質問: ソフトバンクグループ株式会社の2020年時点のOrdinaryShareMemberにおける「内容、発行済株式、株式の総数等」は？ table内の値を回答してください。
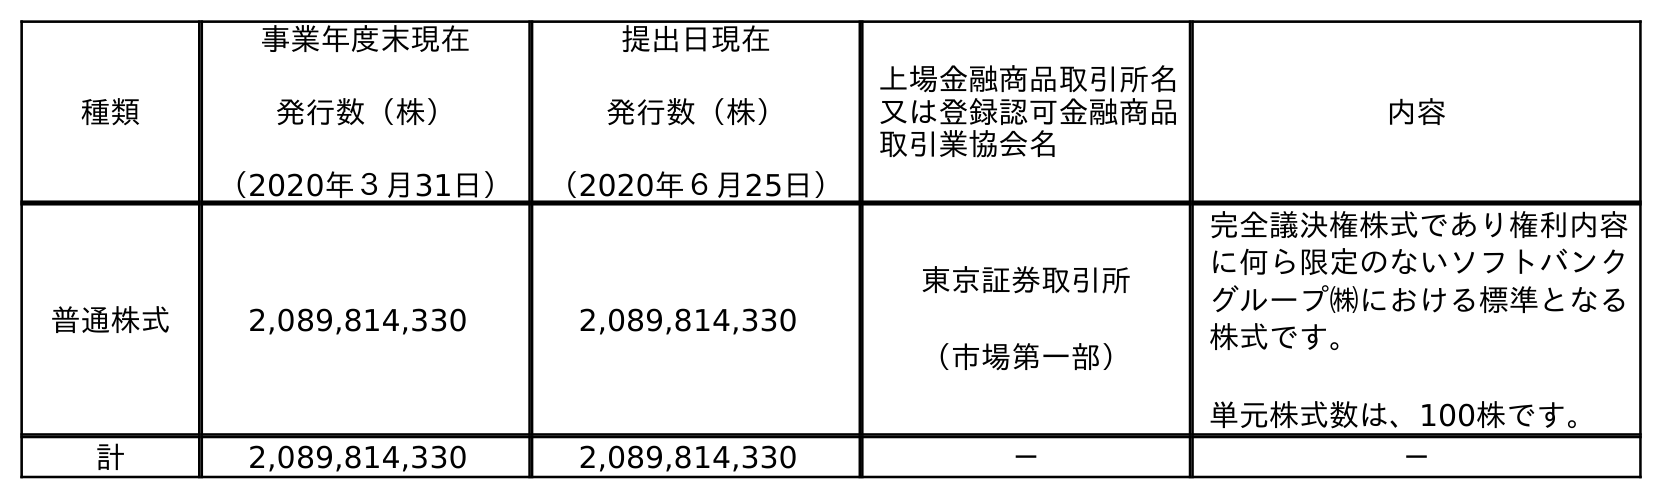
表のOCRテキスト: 種類 事業年度末現在 発行数（株） （2020年３月31日） 提出日現在 発行数（株） （2020年６月25日） 上場金融商品取引所名 又は登録認可金融商品 取引業協会名 内容 普通株式 2,089,814,330 2,089,814,330 東京証券取引所 （市場第一部） 完全議決権株式であり権利内容 に何ら限定のないソフトバンク グループ㈱における標準となる 株式です。 単元株式数は、100株です。 計 2,089,814,330 2,089,814,330 － －
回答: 完全議決権株式であり権利内容に何ら限定のないソフトバンクグループ㈱における標準となる株式です。単元株式数は、100株です。